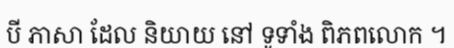
បី ភាសា ដែល និយាយ នៅ ទូទាំង ពិភពលោក ។